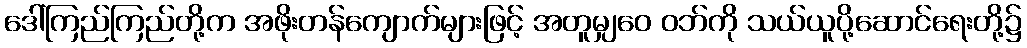
ဒေါ်ကြည်ကြည်တို့က အဖိုးတန်ကျောက်များဖြင့် အတူမျှဝေ ဝဘ်ကို သယ်ယူပို့ဆောင်ရေးတို့၌